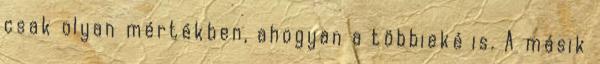
csak olyan mértékben, ahogyan a többieké is. A másik